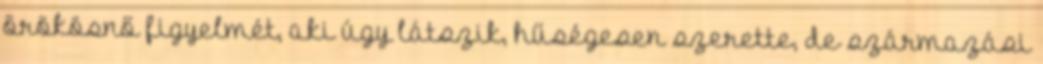
örökösnő figyelmét, aki úgy látszik, hűségesen szerette, de származási